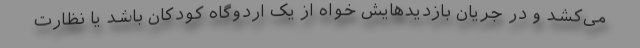
می‌کشد و در جریان بازدیدهایش خواه از یک اردوگاه کودکان باشد یا نظارت